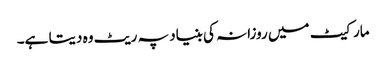
مارکیٹ میں روزانہ کی بنیاد پہ ریٹ وہ دیتا ہے۔